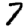
Digit: 7